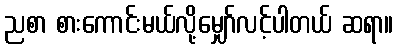
ညစာ စားကောင်းမယ်လို့မျှော်လင့်ပါတယ် ဆရာ။